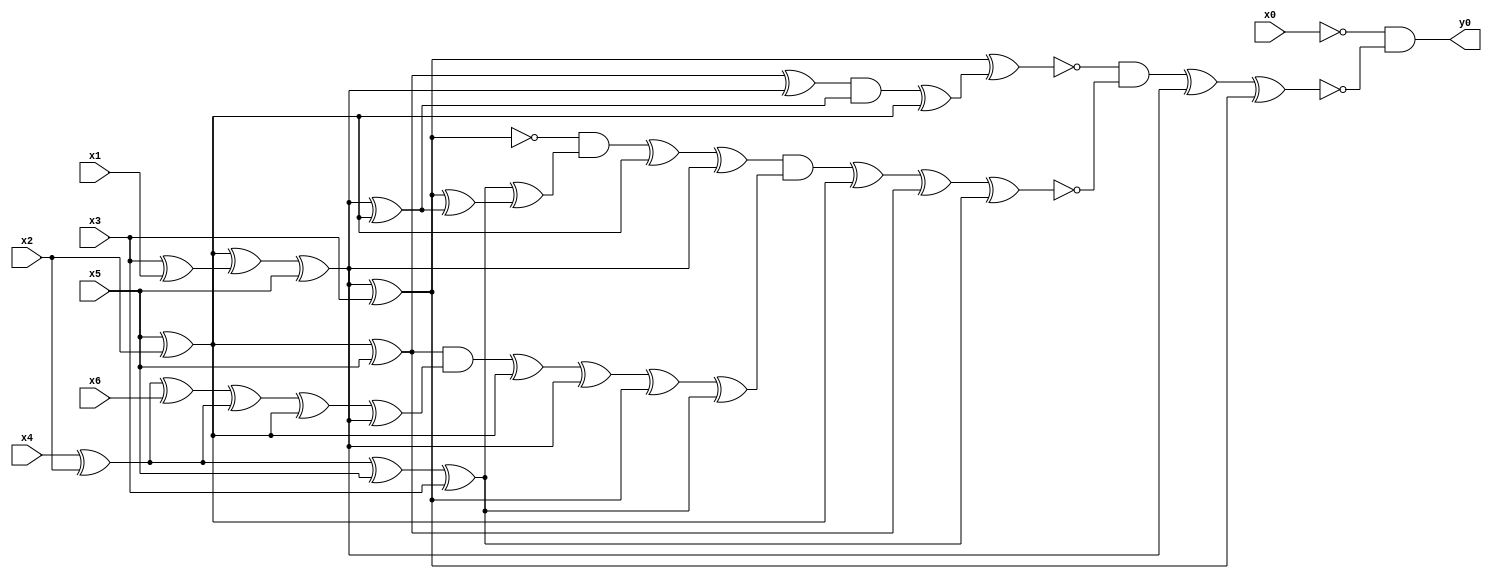
module top( x0 , x1 , x2 , x3 , x4 , x5 , x6 , y0 );
  input x0 , x1 , x2 , x3 , x4 , x5 , x6 ;
  output y0 ;
  wire n8 , n9 , n10 , n11 , n12 , n13 , n14 , n15 , n16 , n17 , n18 , n19 , n20 , n21 , n22 , n23 , n24 , n25 , n26 , n27 , n28 , n29 , n30 , n31 , n32 , n33 , n34 , n35 , n36 , n37 , n38 , n39 , n40 , n41 , n42 , n43 ;
  assign n9 = x5 ^ x2 ;
  assign n8 = x3 ^ x1 ;
  assign n10 = n9 ^ n8 ;
  assign n11 = n10 ^ x5 ;
  assign n17 = n11 ^ x3 ;
  assign n12 = n9 ^ x5 ;
  assign n13 = n12 ^ n11 ;
  assign n14 = n11 ^ n9 ;
  assign n15 = n13 & n14 ;
  assign n16 = n15 ^ n9 ;
  assign n18 = n17 ^ n16 ;
  assign n20 = x4 ^ x2 ;
  assign n21 = n20 ^ x5 ;
  assign n22 = n21 ^ x3 ;
  assign n19 = n17 ^ n14 ;
  assign n23 = n22 ^ n19 ;
  assign n24 = ~n17 & n23 ;
  assign n25 = n24 ^ n9 ;
  assign n26 = n25 ^ n11 ;
  assign n27 = n20 ^ x6 ;
  assign n28 = n27 ^ n20 ;
  assign n29 = n28 ^ n9 ;
  assign n30 = n29 ^ n11 ;
  assign n31 = n12 & n30 ;
  assign n32 = n31 ^ n9 ;
  assign n33 = n32 ^ n11 ;
  assign n34 = n33 ^ n17 ;
  assign n35 = n34 ^ n22 ;
  assign n36 = n26 & n35 ;
  assign n37 = n36 ^ n9 ;
  assign n38 = n37 ^ n12 ;
  assign n39 = n38 ^ n22 ;
  assign n40 = ~n18 & ~n39 ;
  assign n41 = n40 ^ n11 ;
  assign n42 = n41 ^ n17 ;
  assign n43 = ~x0 & ~n42 ;
  assign y0 = n43 ;
endmodule